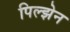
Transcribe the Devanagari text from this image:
पिल्झेन